Indian journal of veterinary science and animal husbandry - Volumes 18-21, 1948-1951
Year: 1948
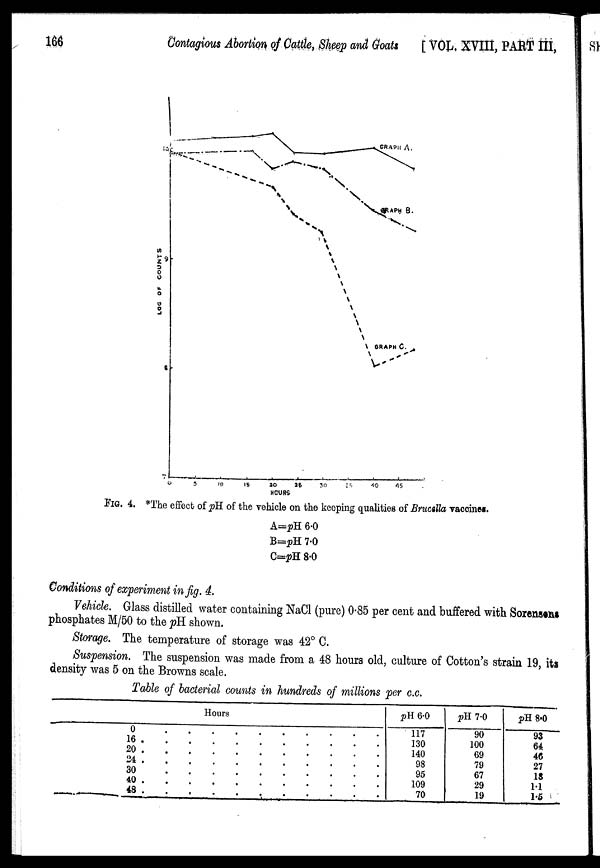
166
Contagious Abortion of Cattle, Sheep and Goats [VOL. XVIII, PART III,
FIG. 4. *The effect of pH of the vehicle on the keeping qualities of Brucella vaccines.
A=pH 6.0
B=pH 7.0
C=pH 8.0
Conditions of experiment in fig. 4.
Vehicle. Glass distilled water containing NaCl (pure) 0.85 per cent and buffered with Sorensons
phosphates M/50 to the pH shown.
Storage. The temperature of storage was 42° C.
Suspension. The suspension was made from a 48 hours old, culture of Cotton's strain 19, its
density was 5 on the Browns scale.
Table of bacterial counts in hundreds of millions per c.c.
Hours
0
.
.
.
.
.
.
.
.
.
.
.
16
.
.
.
.
.
.
.
.
.
.
.
20
.
.
.
.
.
.
.
.
.
.
.
24
.
.
.
.
.
.
.
.
.
.
.
30
.
.
.
.
.
.
.
.
.
.
.
40
.
.
.
.
.
.
.
.
.
.
.
48
.
.
.
.
.
.
.
.
.
.
.
pH 6.0
117
130
140
98
95
109
70
pH 7.0
90
100
69
79
67
29
19
pH 8.0
93
64
46
27
18
1.1
1.5